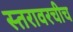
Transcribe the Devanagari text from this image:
स्तरावरचीच